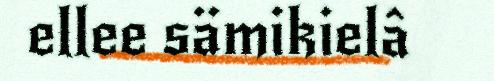
ellee sämikielâ